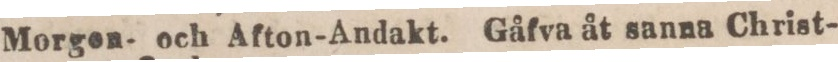
Morgen- och Afton-Andakt. Gåfva åt sanna Christ-